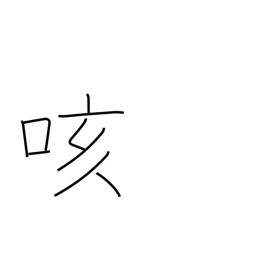
Meaning: cough